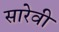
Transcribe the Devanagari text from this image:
सारेवी